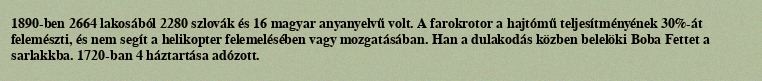
1890-ben 2664 lakosából 2280 szlovák és 16 magyar anyanyelvű volt. A farokrotor a hajtómű teljesítményének 30%-át felemészti, és nem segít a helikopter felemelésében vagy mozgatásában. Han a dulakodás közben belelöki Boba Fettet a sarlakkba. 1720-ban 4 háztartása adózott.